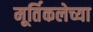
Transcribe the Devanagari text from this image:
मूर्तिकलेच्या